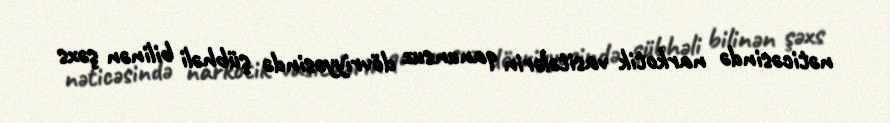
nəticəsində narkotik vasitələrin qanunsuz dövriyyəsində şübhəli bilinən şəxs